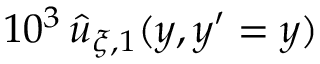
1 0 ^ { 3 } \, \widehat { u } _ { \xi , 1 } ( y , y ^ { \prime } = y )